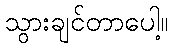
သွားချင်တာပေါ့။